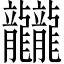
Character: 龖